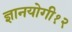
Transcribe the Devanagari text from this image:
ज्ञानयोगी१२